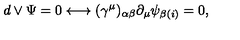
d \vee \Psi = 0 \longleftrightarrow ( \gamma ^ { \mu } ) _ { \alpha \beta } \partial _ { \mu } \psi _ { \beta ( i ) } = 0 ,